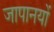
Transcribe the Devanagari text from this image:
जापानयों